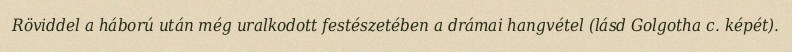
Röviddel a háború után még uralkodott festészetében a drámai hangvétel (lásd Golgotha c. képét).